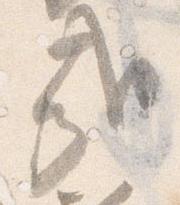
哉